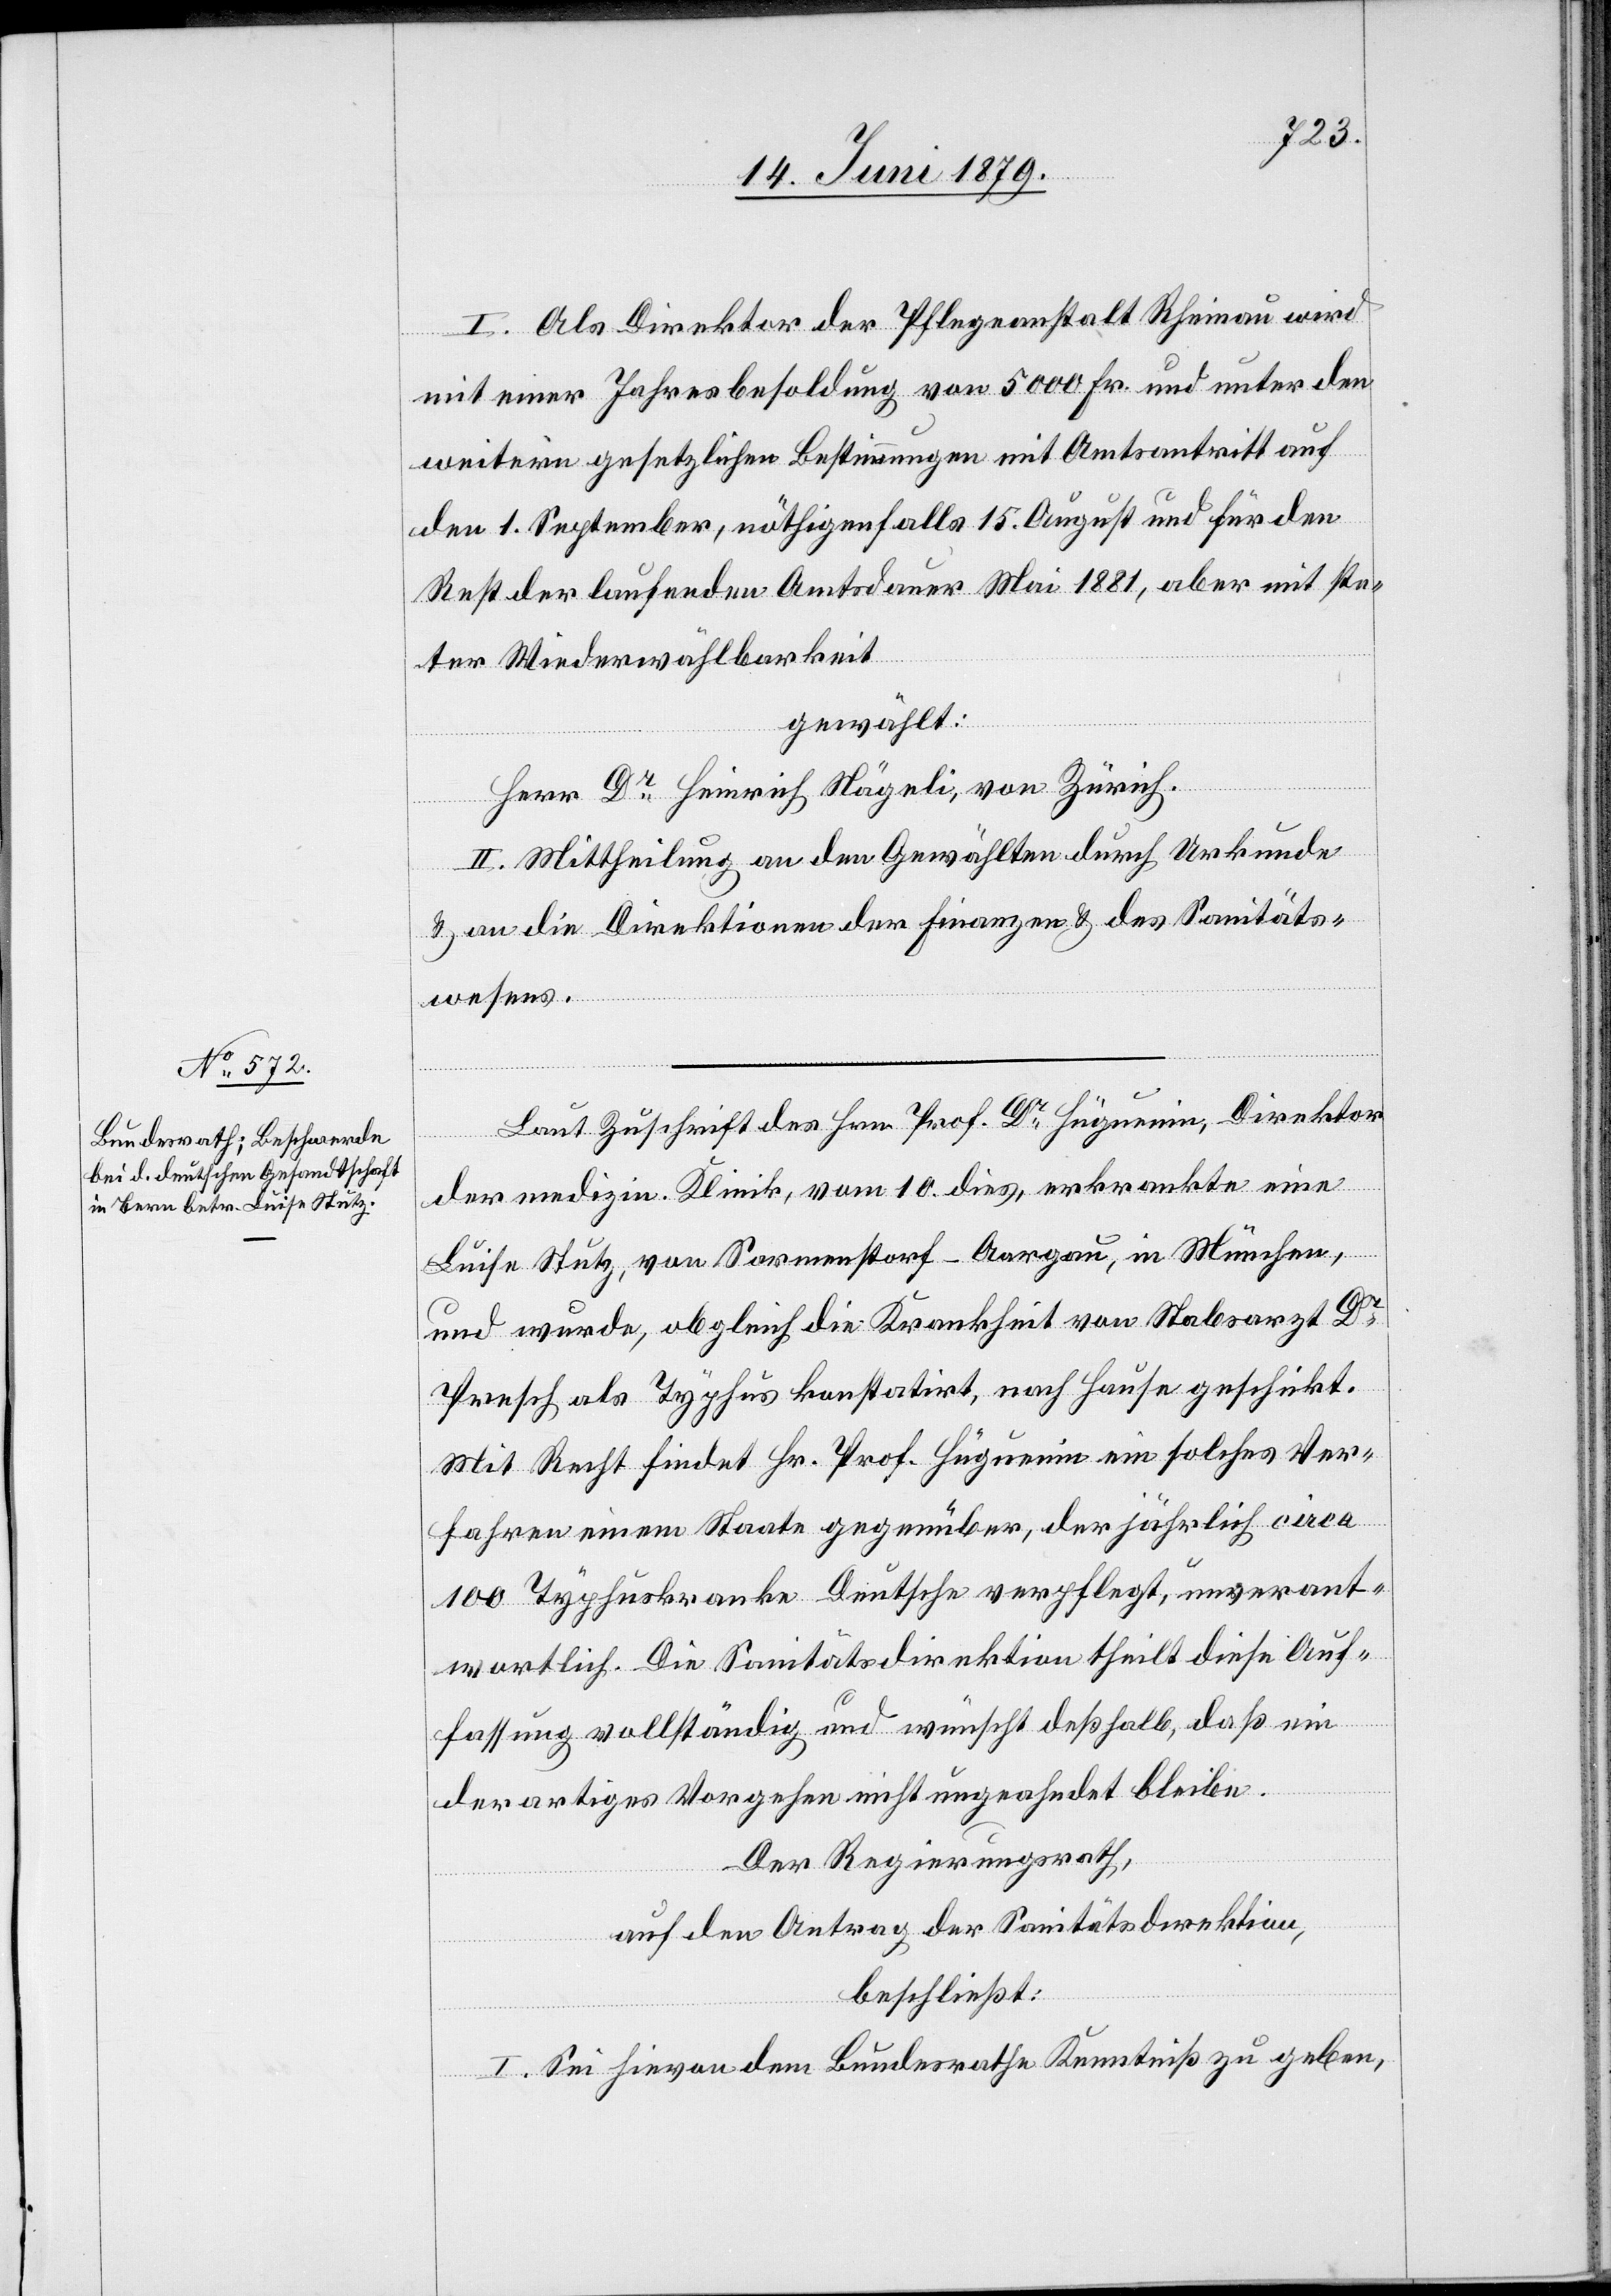
I. Als Direktor der Pflegeanstalt Rheinau wird
mit einer Jahresbesoldung von 5000 Fr. und unter den
weitern gesetzlichen Bestimmungen mit Amtsantritt auf
den 1. September, nöthigenfalls 15. August und für den
Rest der laufenden Amtsdauer [bis] Mai 1881, aber mit ste¬
ter Wiederwählbarkeit
gewählt:
Herr Dr Heinrich Nägeli, von Zürich.
II. Mittheilung an den Gewählten durch Urkunde
& an die Direktionen der Finanzen & des Sanitäts¬
wesens.
Laut Zuschrift des Hrn. Prof. Dr Hüguenin, Direktor
der medizin. Klinik, vom 10. dies, erkrankte eine
Luise Stutz, von Sarmenstorf - Aargau, in München,
und wurde, obgleich die Krankheit von Stabsarzt Dr
Presch als Typhus konstatirt, nach Hause geschickt.
Mit Recht findet Hr. Prof. Hüguenin ein solches Ver¬
fahren einem Staate gegenüber, der jährlich ca
100 Typhuskranke Deutsche verpflegt, unverant¬
wortlich. Die Sanitätsdirektion theilt diese Auf¬
fassung vollständig und wünscht deßhalb, daß ein
derartiges Vorgehen nicht ungeahndet bleibe.
Der Regierungsrath,
auf den Antrag der Sanitätsdirektion,
beschließt:
I. Sei hievon dem Bundesrathe Kenntniß zu geben,